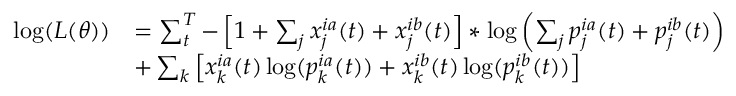
\begin{array} { r l } { \log ( L ( \theta ) ) } & { = \sum _ { t } ^ { T } - \left[ 1 + \sum _ { j } x _ { j } ^ { i a } ( t ) + x _ { j } ^ { i b } ( t ) \right] * \log \left( \sum _ { j } p _ { j } ^ { i a } ( t ) + p _ { j } ^ { i b } ( t ) \right) } \\ & { + \sum _ { k } \left[ x _ { k } ^ { i a } ( t ) \log ( p _ { k } ^ { i a } ( t ) ) + x _ { k } ^ { i b } ( t ) \log ( p _ { k } ^ { i b } ( t ) ) \right] } \end{array}